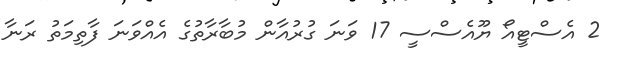
2 އެސްޓީއޯ ޔޫއެސްސީ 17 ވަނަ ގުރުއާން މުބާރާތުގެ އެއްވަނަ ފާތިމަތު ރަނާ